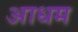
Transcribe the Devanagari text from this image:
आधम